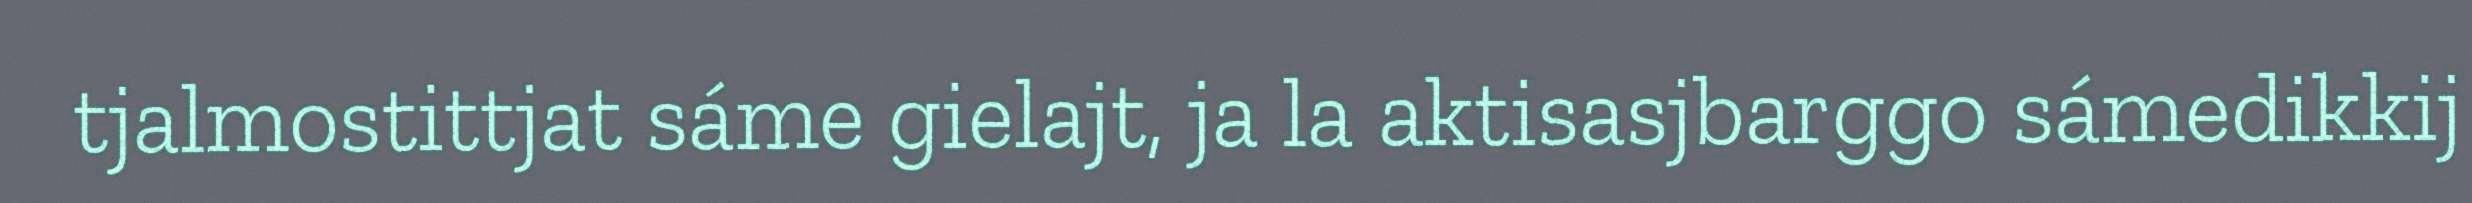
tjalmostittjat sáme gielajt, ja la aktisasjbarggo sámedikkij